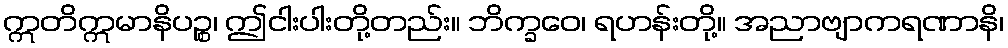
ဣတိဣမာနိပဉ္စ၊ ဤငါးပါးတို့တည်း။ ဘိက္ခဝေ၊ ရဟန်းတို့။ အညာဗျာကရဏာနိ၊